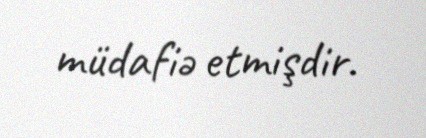
müdafiə etmişdir.